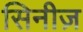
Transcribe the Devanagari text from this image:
सिनीज़